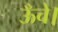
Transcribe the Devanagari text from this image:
ऊँचे।